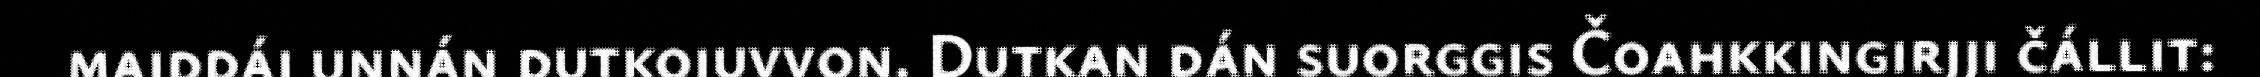
maiddái unnán dutkojuvvon. Dutkan dán suorggis Čoahkkingirjji čállit: